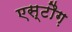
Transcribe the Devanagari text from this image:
एस्टौग़